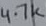
Text: 4.7K